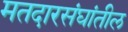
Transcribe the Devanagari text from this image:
मतदारसंघांतील